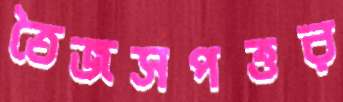
তৈজসপত্তর